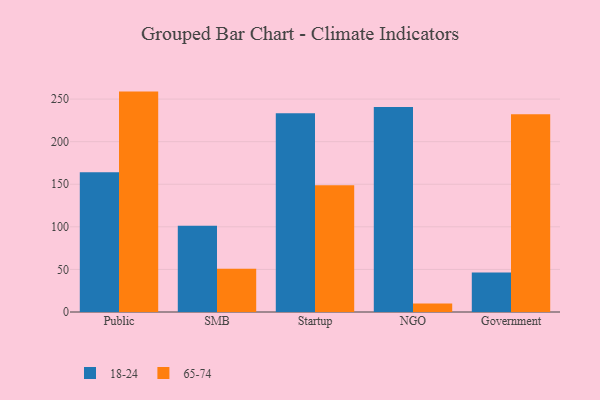
{"axis": {"x": "Segment", "y": "Conversion Rate (%)"}, "legend": ["18-24", "65-74"], "data": [{"x": "Public", "y": 164.2, "type": "18-24"}, {"x": "Public", "y": 258.8, "type": "65-74"}, {"x": "SMB", "y": 101.2, "type": "18-24"}, {"x": "SMB", "y": 50.9, "type": "65-74"}, {"x": "Startup", "y": 233.4, "type": "18-24"}, {"x": "Startup", "y": 148.7, "type": "65-74"}, {"x": "NGO", "y": 240.8, "type": "18-24"}, {"x": "NGO", "y": 10.1, "type": "65-74"}, {"x": "Government", "y": 46.5, "type": "18-24"}, {"x": "Government", "y": 232.1, "type": "65-74"}]}